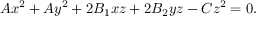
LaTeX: A x ^ { 2 } + A y ^ { 2 } + 2 B _ { 1 } x z + 2 B _ { 2 } y z - C z ^ { 2 } = 0 .